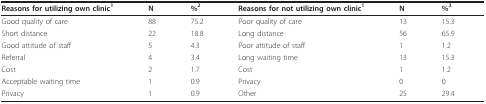
<table><thead><tr><td><b>Reasons for utilizing own clinic<sup>1</sup></b></td><td><b>N</b></td><td><b>%<sup>2</sup></b></td><td><b>Reasons for not utilizing own clinic<sup>1</sup></b></td><td><b>N</b></td><td><b>%<sup>3</sup></b></td></tr></thead><tbody><tr><td>Good quality of care</td><td>88</td><td>75.2</td><td>Poor quality of care</td><td>13</td><td>15.3</td></tr><tr><td>Short distance</td><td>22</td><td>18.8</td><td>Long distance</td><td>56</td><td>65.9</td></tr><tr><td>Good attitude of staff</td><td>5</td><td>4.3</td><td>Poor attitude of staff</td><td>1</td><td>1.2</td></tr><tr><td>Referral</td><td>4</td><td>3.4</td><td>Long waiting time</td><td>13</td><td>15.3</td></tr><tr><td>Cost</td><td>2</td><td>1.7</td><td>Cost</td><td>1</td><td>1.2</td></tr><tr><td>Acceptable waiting time</td><td>1</td><td>0.9</td><td>Privacy</td><td>0</td><td>0</td></tr><tr><td>Privacy</td><td>1</td><td>0.9</td><td>Other</td><td>25</td><td>29.4</td></tr></tbody></table>